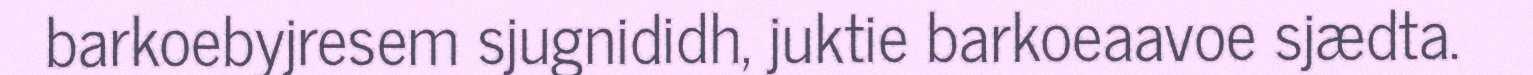
barkoebyjresem sjugnididh, juktie barkoeaavoe sjædta.